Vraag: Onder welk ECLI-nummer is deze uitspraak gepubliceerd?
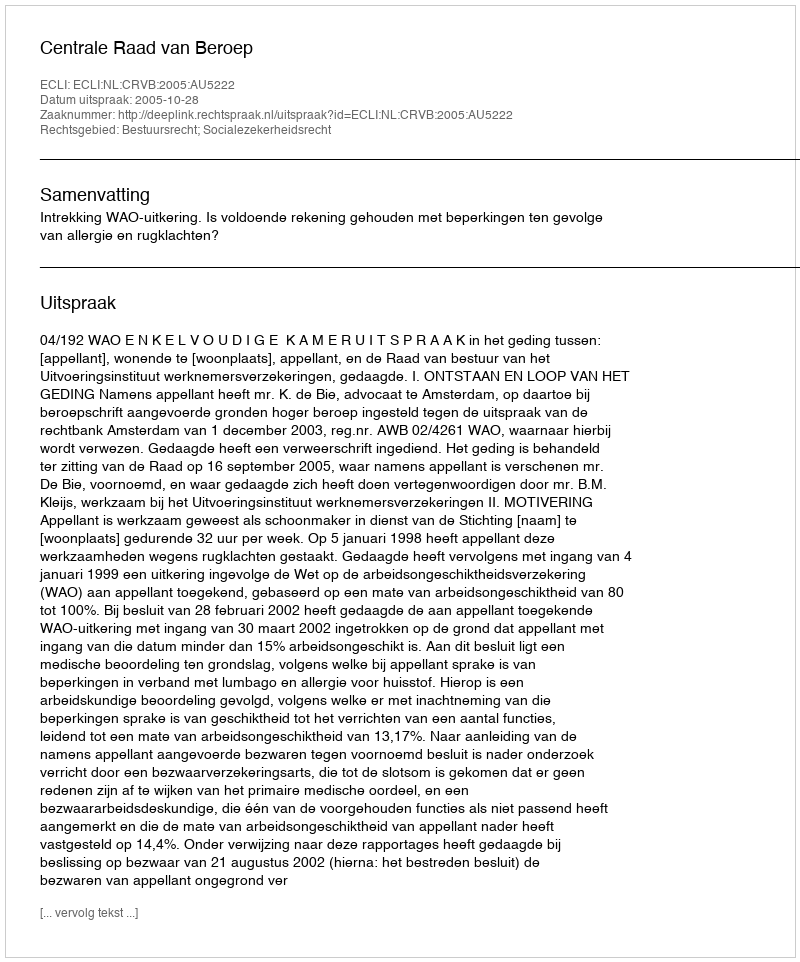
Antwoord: ECLI:NL:CRVB:2005:AU5222